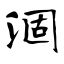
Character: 涸